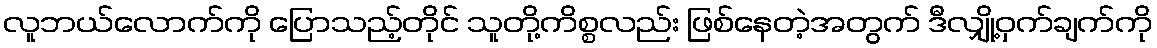
လူဘယ်လောက်ကို ပြောသည့်တိုင် သူတို့ကိစ္စလည်း ဖြစ်နေတဲ့အတွက် ဒီလျှို့ဝှက်ချက်ကို